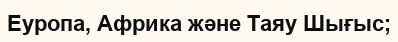
Еуропа, Африка және Таяу Шығыс;